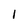
Character: 1